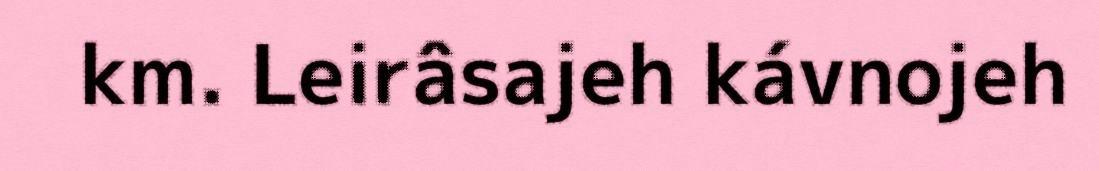
km. Leirâsajeh kávnojeh